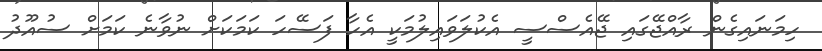
ހިމަނައިގެން ރާއްޖޭގައި ޖޭއެސްސީ އެކުލަވައިލުމަކީ އެހާ ފަސޭހަ ކަމަކަށް ނުވާނެ ކަމަށް ސުއޫދު